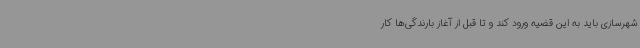
شهرسازی باید به این قضیه ورود کند و تا قبل از آغاز بارندگی‌ها کار